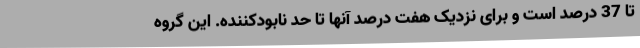
تا 37 درصد است و برای نزدیک هفت درصد آنها تا حد نابودکننده. این گروه